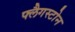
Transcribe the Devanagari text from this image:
फ्लैगस्टोन